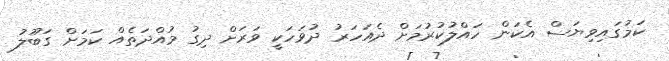
ކަމުގައިވިޔަސް އެކަން ހައްލުކުރުމަށް ދެއަހަރު ދުވަހަކީ ވަރަށް ދިގު މުއްދަތެއް ކަމަށް ގަބޫލު